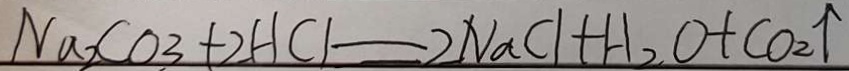
N a _ { 2 } C O _ { 3 } + 2 H C l = 2 N a C l + H _ { 2 } O + C O _ { 2 } \uparrow